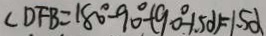
\angle D F B = 1 8 0 ^ { \circ } - 9 0 ^ { \circ } - ( 9 0 ^ { \circ } - 1 . 5 d ) = 1 . 5 \alpha